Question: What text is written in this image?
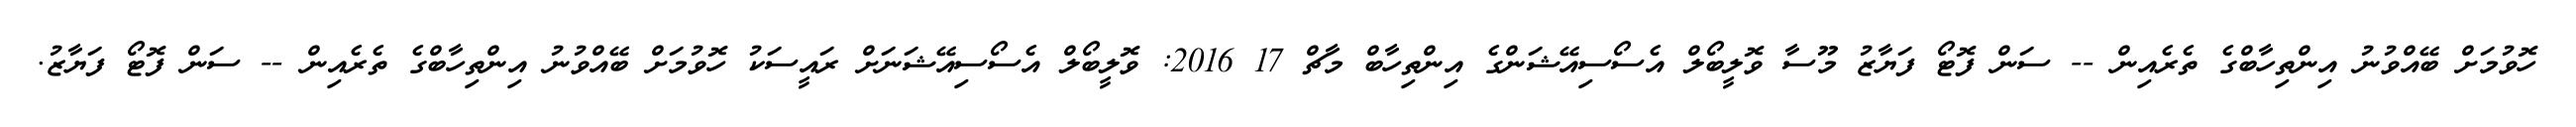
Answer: ހޮވުމަށް ބޭއްވުނު އިންތިހާބްގެ ތެރެއިން -- ސަން ފޮޓޯ ފަޔާޒު މޫސާ ވޮލީބޯލް އެސޯސިއޭޝަންގެ އިންތިހާބް މާޗް 17 2016: ވޮލީބޯލް އެސޯސިއޭޝަނަށް ރައީސަކު ހޮވުމަށް ބޭއްވުނު އިންތިހާބްގެ ތެރެއިން -- ސަން ފޮޓޯ ފަޔާޒު.